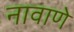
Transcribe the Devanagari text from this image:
नावाणे